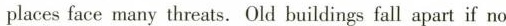
places face many threats. Old buildings fall apart if no